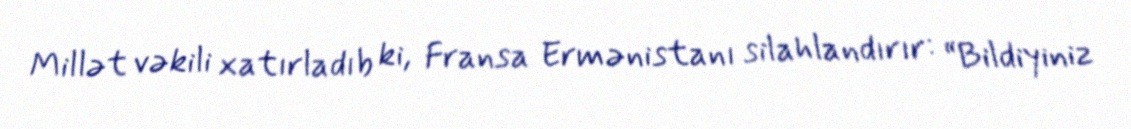
Millət vəkili xatırladıb ki, Fransa Ermənistanı silahlandırır: “Bildiyiniz